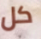
كل